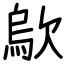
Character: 歍